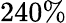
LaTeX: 240\%